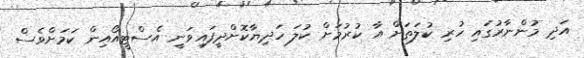
އަދި މުންނާރުގައި ހުރި ކުލަތަށް އާ ކުރުމަށް ކުލަ ހަދިޔާކޮށްދީފައިވަނީ އެސްޓީއޯއިން ކަމަށްވެސް